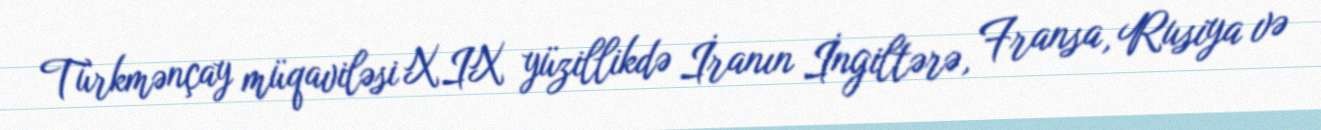
Türkmənçay müqaviləsi XIX yüzillikdə İranın İngiltərə, Fransa, Rusiya və